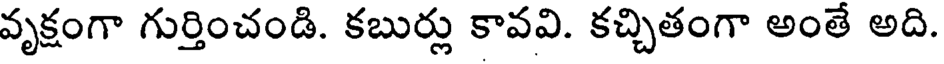
వృక్షంగా గుర్తించండి. కబుర్లు కావవి. కచ్చితంగా అంతే అది.